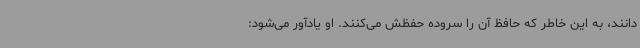
دانند، به این خاطر که حافظ آن را سروده حفظش می‌کنند. او یادآور می‌شود: